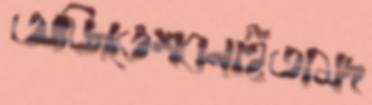
অজিতেশবনাইতামদ